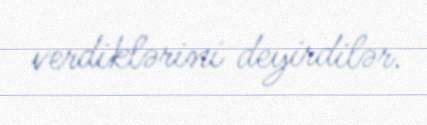
verdiklərini deyirdilər.